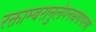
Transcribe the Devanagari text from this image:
रक्ताम्बरानुलेपनस्रगाभरणां